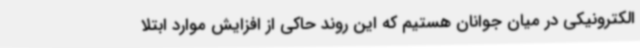
الکترونیکی در میان جوانان هستیم که این روند حاکی از افزایش موارد ابتلا